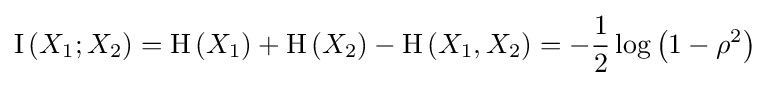
\operatorname {I} \left(X_{1};X_{2}\right)=\mathrm {H} \left(X_{1}\right)+\mathrm {H} \left(X_{2}\right)-\mathrm {H} \left(X_{1},X_{2}\right)=-{\frac {1}{2}}\log \left(1-\rho ^{2}\right)